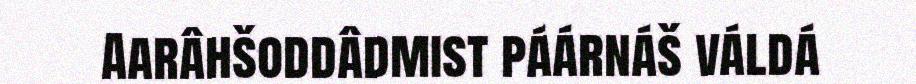
Aarâhšoddâdmist páárnáš váldá